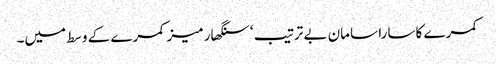
کمرے کا سارا سامان بے ترتیب ‘ سنگھار میز کمرے کے وسط میں۔